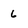
Character: 6